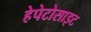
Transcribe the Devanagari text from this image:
हेपेटोसाइट